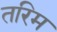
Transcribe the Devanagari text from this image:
तरिम